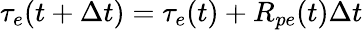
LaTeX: \tau_{e}(t+\Delta t)=\tau_{e}(t)+R_{pe}(t)\Delta t